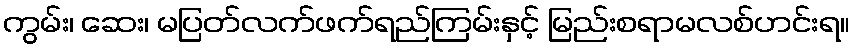
ကွမ်း၊ ဆေး၊ မပြတ်လက်ဖက်ရည်ကြမ်းနှင့် မြည်းစရာမလစ်ဟင်းရ။